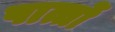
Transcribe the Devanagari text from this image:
पात्तों